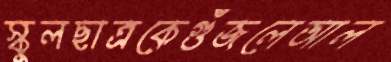
স্কুলছাত্রকেগুঁজলেআল